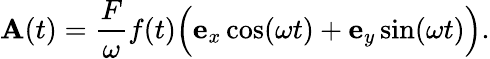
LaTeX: \mathbf{A}(t)=\frac{F}{\omega}f(t)\Big(\mathbf{e}_{x}\cos(\omega t)+\mathbf{e}_{y}\sin(\omega t)\Big).